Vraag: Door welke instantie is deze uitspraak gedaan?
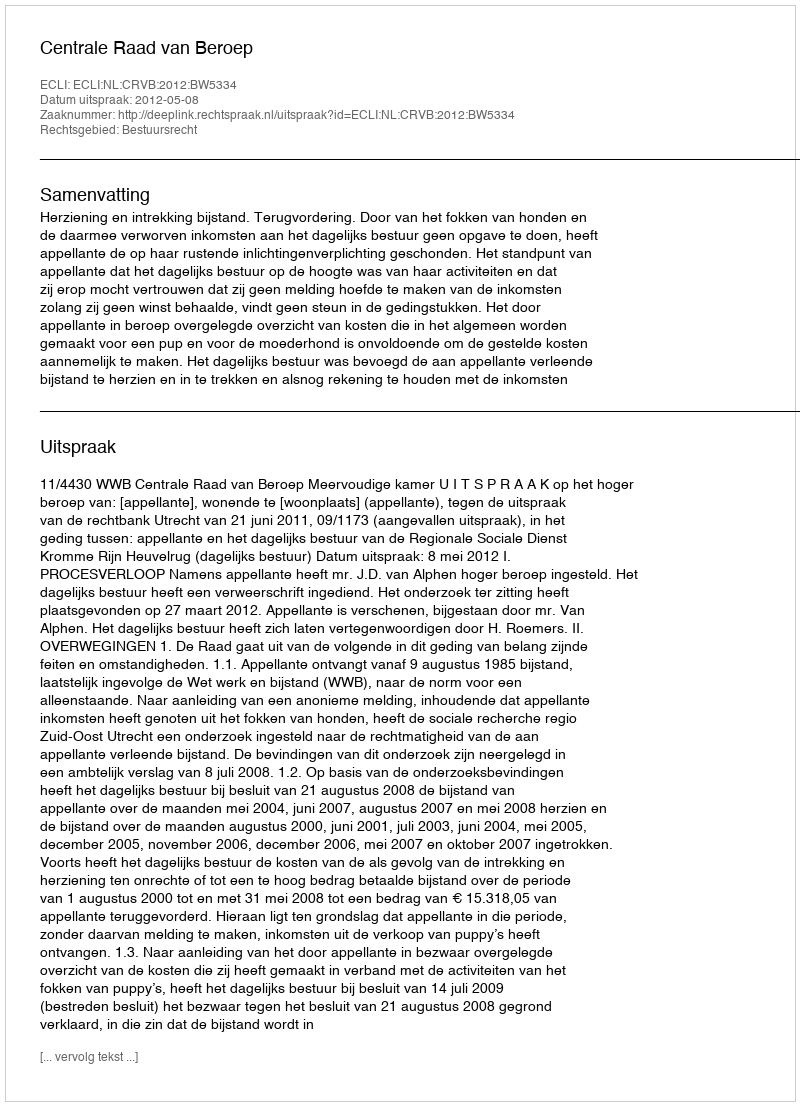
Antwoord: Centrale Raad van Beroep